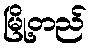
မြို့တည်